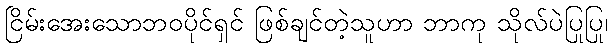
ငြိမ်းအေးသောဘဝပိုင်ရှင် ဖြစ်ချင်တဲ့သူဟာ ဘာကု သိုလ်ပဲပြုပြု၊